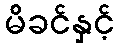
မိခင်နှင့်